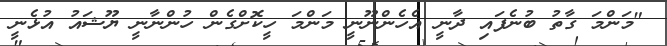
"މަންމަ ގާތު ބުނެފައި ދާނީ އެހެންނޫނީ މަންމަ ހީކޮށްގެން ހުންނާނީ ޔޫޝައު އުޅެނީ